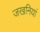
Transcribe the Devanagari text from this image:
जखनियां